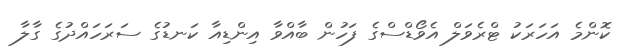
ކޮންމެ އަހަރަކު ޓްރެވަލް އެވޯޑްސްގެ ފަހުން ބާއްވާ އިންޑިއާ ކަނޑުގެ ސަރަހައްދުގެ ގާލާ